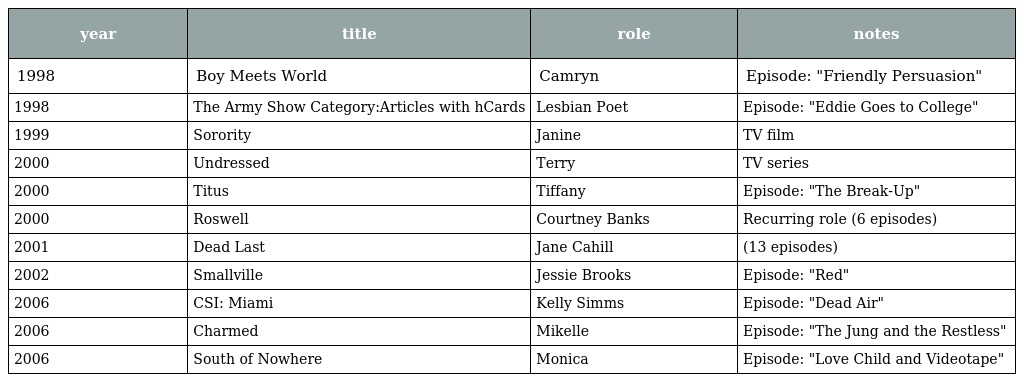
| year | title | role | notes |
 | --- | --- | --- | --- |
 | 1998 | Boy Meets World | Camryn | Episode: "Friendly Persuasion" |
 | 1998 | The Army Show Category:Articles with hCards | Lesbian Poet | Episode: "Eddie Goes to College" |
 | 1999 | Sorority | Janine | TV film |
 | 2000 | Undressed | Terry | TV series |
 | 2000 | Titus | Tiffany | Episode: "The Break-Up" |
 | 2000 | Roswell | Courtney Banks | Recurring role (6 episodes) |
 | 2001 | Dead Last | Jane Cahill | (13 episodes) |
 | 2002 | Smallville | Jessie Brooks | Episode: "Red" |
 | 2006 | CSI: Miami | Kelly Simms | Episode: "Dead Air" |
 | 2006 | Charmed | Mikelle | Episode: "The Jung and the Restless" |
 | 2006 | South of Nowhere | Monica | Episode: "Love Child and Videotape" |